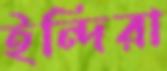
ইন্দিরা